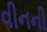
વીનની